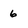
Character: 6